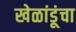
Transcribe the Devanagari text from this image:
खेळांडूंचा